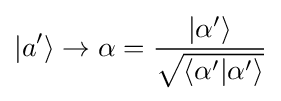
|a'\rangle \to \alpha ={\frac {|\alpha '\rangle }{\sqrt {\langle \alpha '|\alpha '\rangle }}}